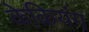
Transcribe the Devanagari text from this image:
केकियंग